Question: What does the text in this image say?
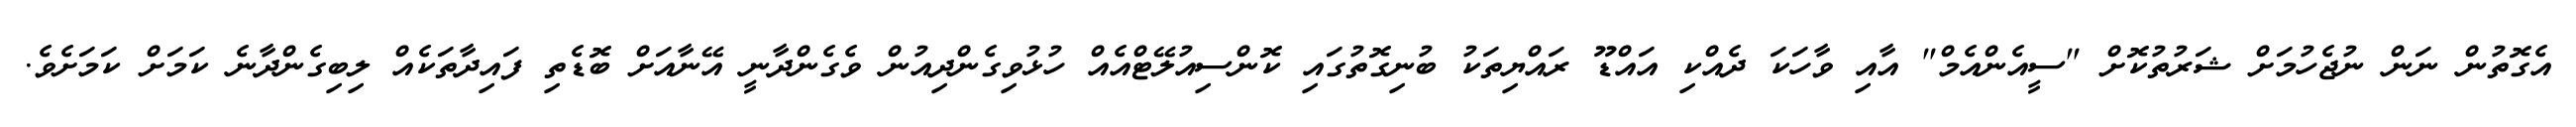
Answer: އެގޮތުން ނަން ނުޖެހުމަށް ޝަރުތުކޮށް "ސީއެންއެމް" އާއި ވާހަކަ ދެއްކި އައްޑޫ ރައްޔިތަކު ބުނިގޮތުގައި ކޮންސިއުލޭޓްއެއް ހުޅުވިގެންދިއުން ވެގެންދާނީ އޭނާއަށް ބޮޑެތި ފައިދާތަކެއް ލިބިގެންދާނެ ކަމަށް ކަމަށެވެ.